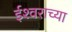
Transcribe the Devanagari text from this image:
ईश्‍वराच्या